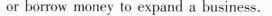
or borrow money to expand a business.